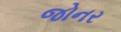
જોનર